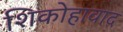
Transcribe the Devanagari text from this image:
शिकोहावाद